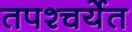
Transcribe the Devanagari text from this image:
तपश्चर्येत